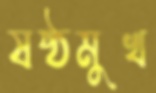
ষষ্ঠমুখ